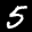
Label: 5